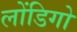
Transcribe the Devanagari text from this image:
लोंडिगो